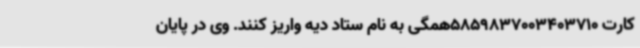
کارت 5859837003403710همگی به نام ستاد دیه واریز کنند. وی در پایان